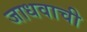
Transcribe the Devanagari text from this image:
जाधवाची